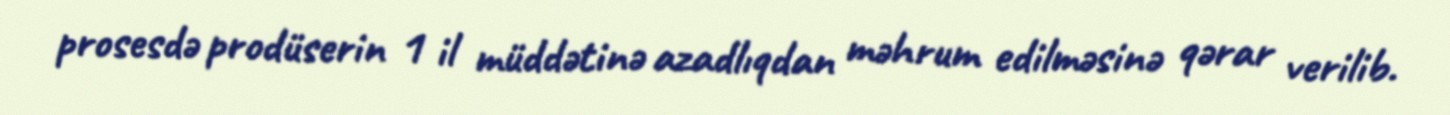
prosesdə prodüserin 1 il müddətinə azadlıqdan məhrum edilməsinə qərar verilib.